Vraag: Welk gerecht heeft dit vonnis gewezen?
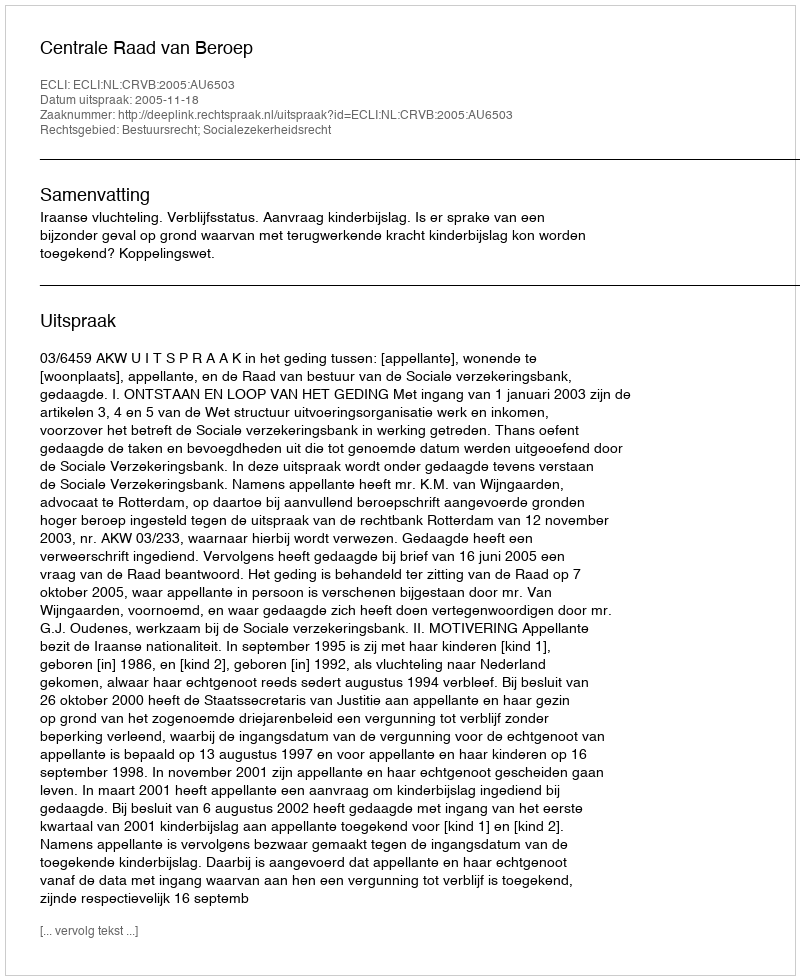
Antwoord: Centrale Raad van Beroep